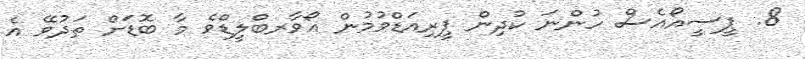
8. ޕީސީއޯއެސް ހުންނަ ކުދިން ޕީރިއަޑްވުމުން އޯވާރބްލީޑްވެ މާ ބޮޑަށް ތަދުވޭ އެ